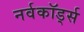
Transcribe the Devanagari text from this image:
नर्वकॉर्ड्स